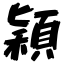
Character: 穎